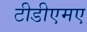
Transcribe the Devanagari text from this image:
टीडीएमए